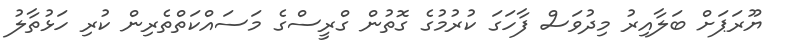
ޔޫރަޕަށް ބަލާއިރު މިދުވަސް ފާހަގަ ކުރުމުގެ ގޮތުން ގްރީސްގެ މަސައްކަތްތެރިން ކުރި ހަޅުތާލު